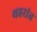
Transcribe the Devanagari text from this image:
थहरांत